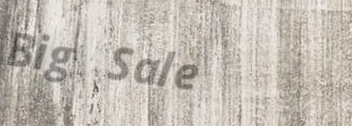
Big Sale